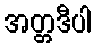
အတ္တဒီပါ